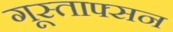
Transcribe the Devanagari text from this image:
गूस्ताफ्सन